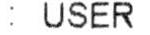
: USER